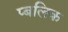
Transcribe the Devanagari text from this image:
प्बलिक